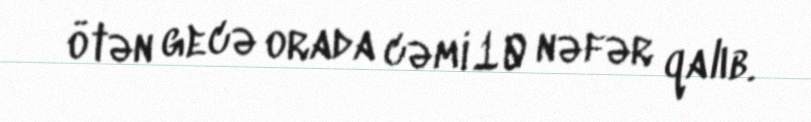
ötən gecə orada cəmi 10 nəfər qalıb.